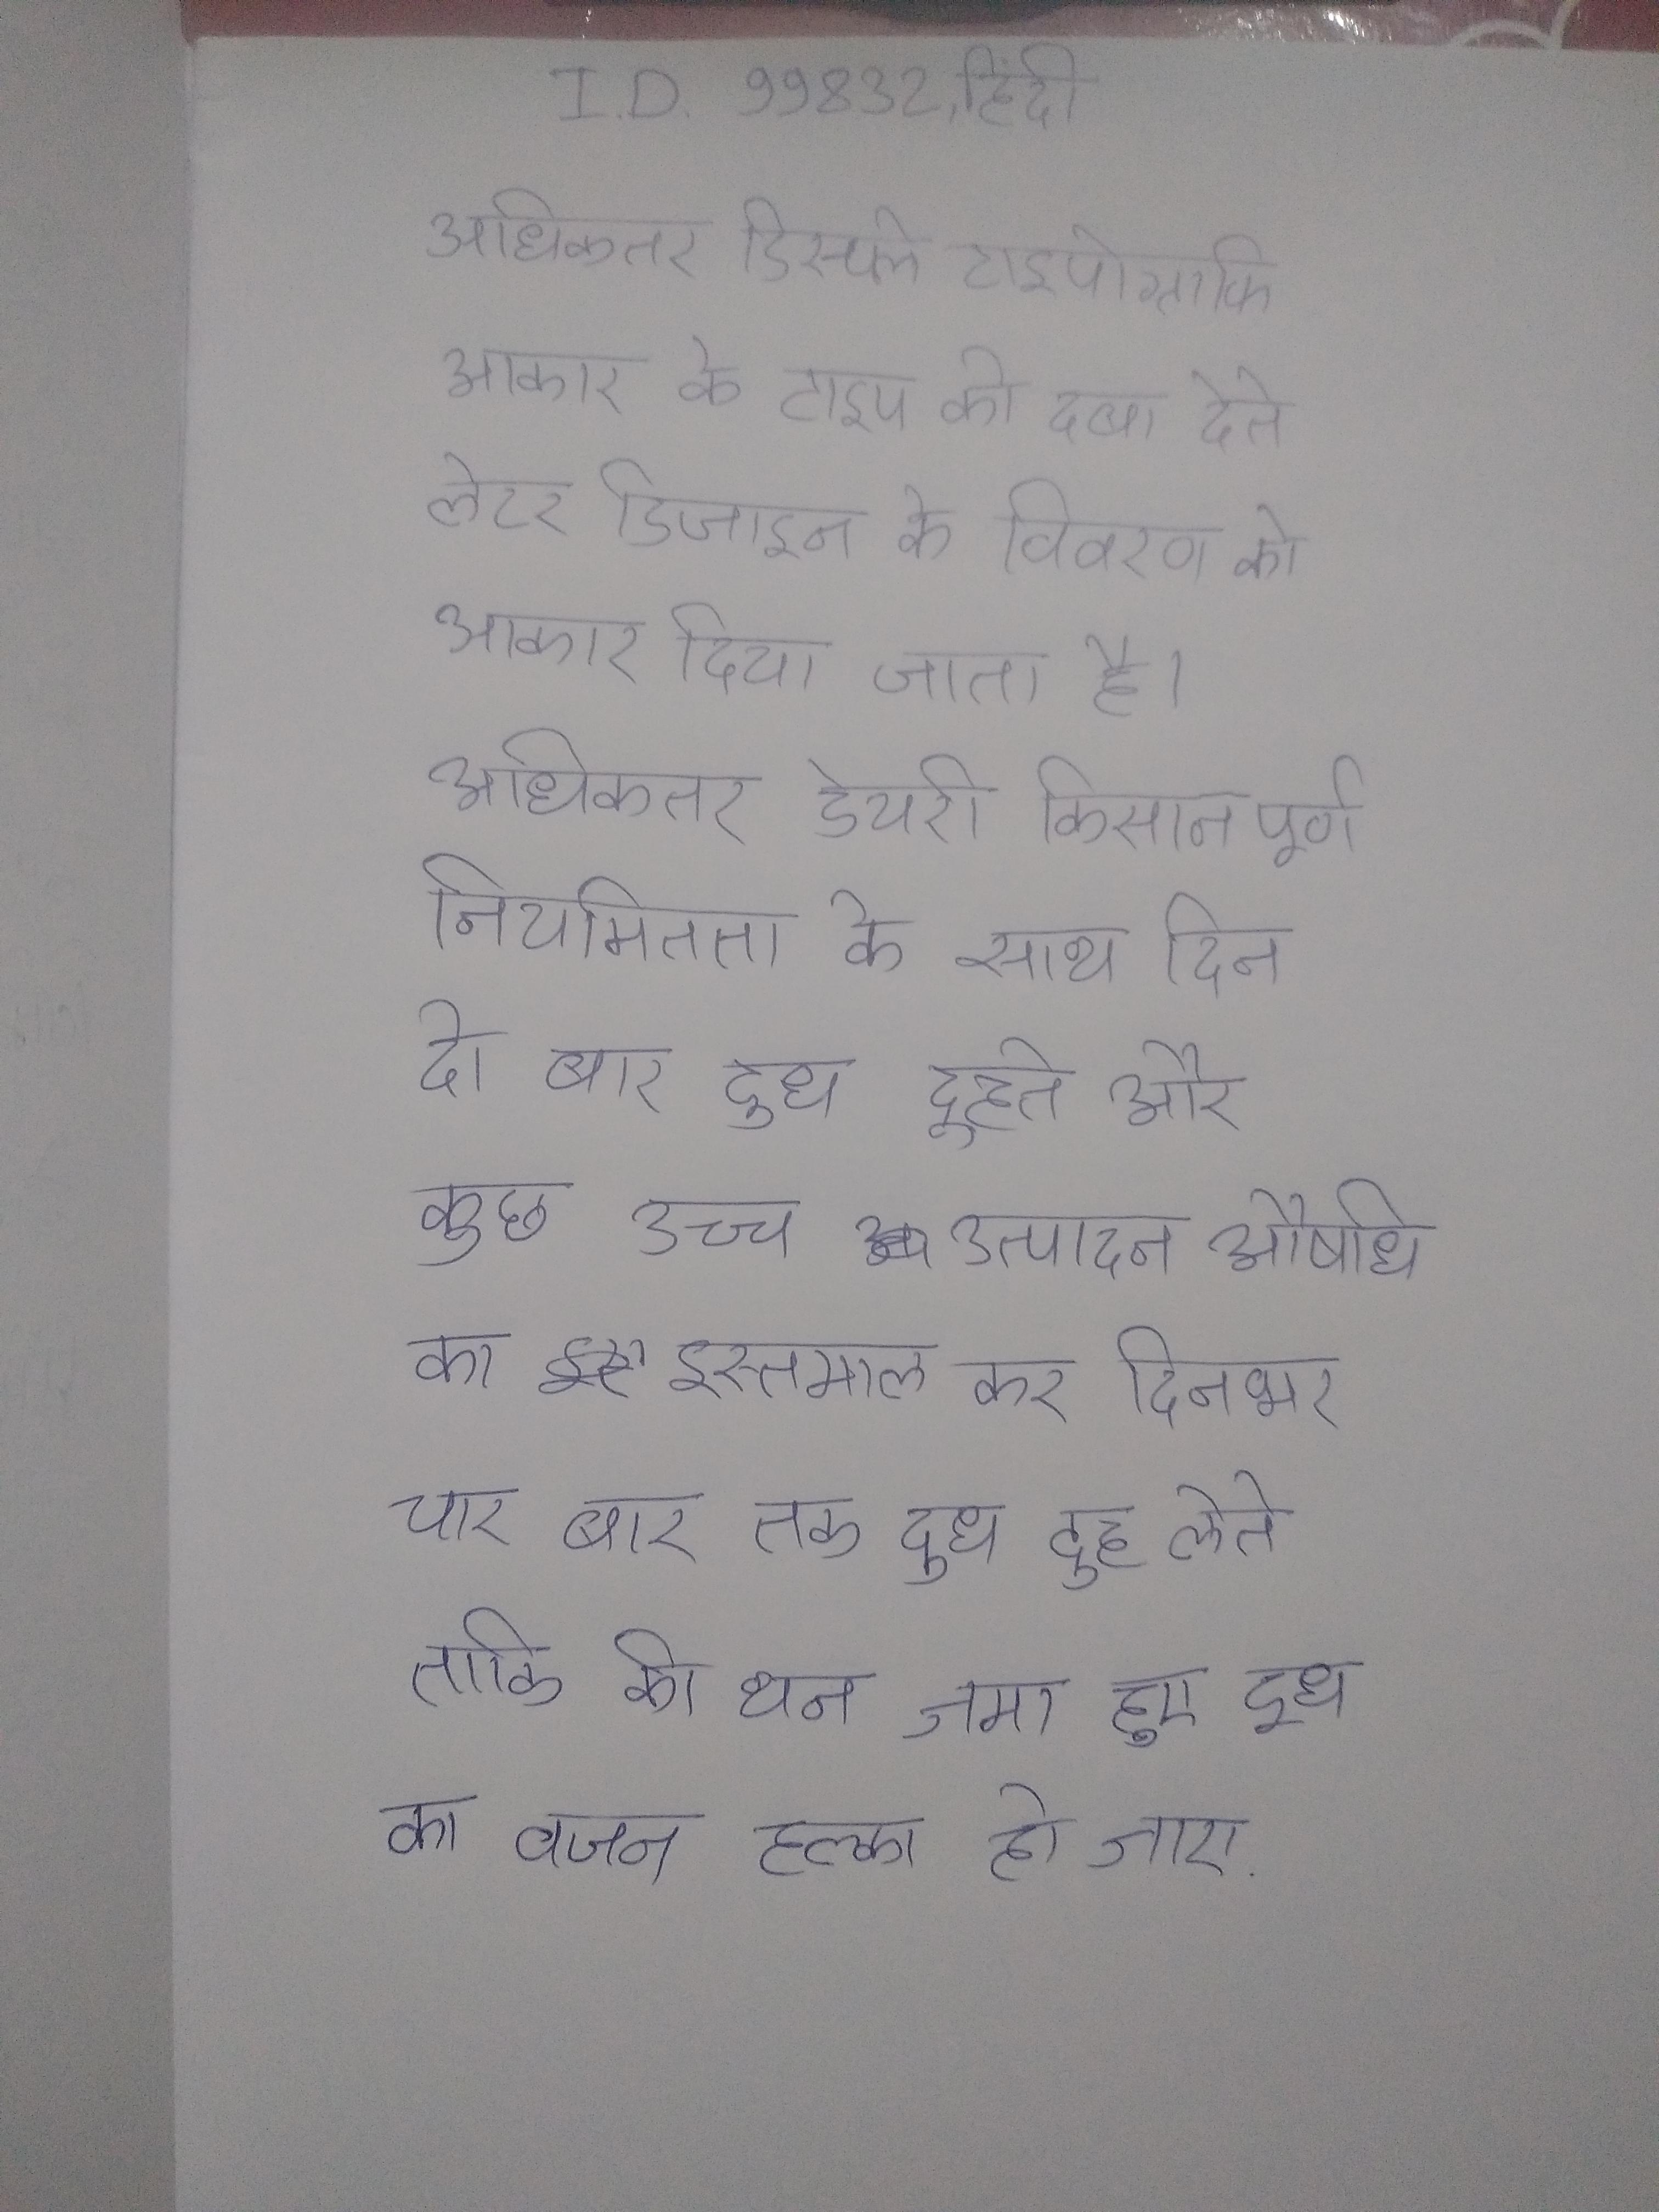
अधिकतर डिस्प्ले टाइपोग्राफी आकार के टाइप को दबा देते लेटर डिजाइन के विवरण को आकार दिया जाता है । अधिकतर डेयरी किसान पूर्ण नियमितता के साथ दिन दो बार दूध दुहते और कुछ उच्च उत्पादन औषधि का इस्तमाल कर दिनभर चार बार तक दूध दुह लेते ताकि की थन जमा हुए दूध का वजन हल्का हो जाए .